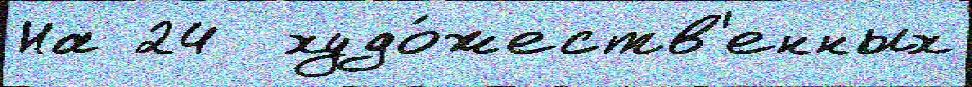
На 24  худо́жеств'енных